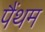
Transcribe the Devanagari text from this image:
पैंथम